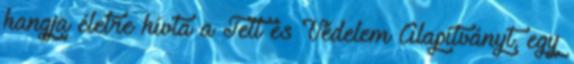
hangja életre hívta a Tett és Védelem Alapítványt, egy